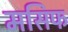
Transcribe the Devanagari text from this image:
मसिफ